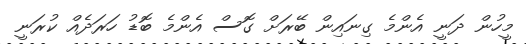
މީހުން ދަަނީ އެންމެ ގިނައިން ބޭރަށް ގޮސް އެންމެ ބޮޑު ހަރަދެއް ކުރަނީ